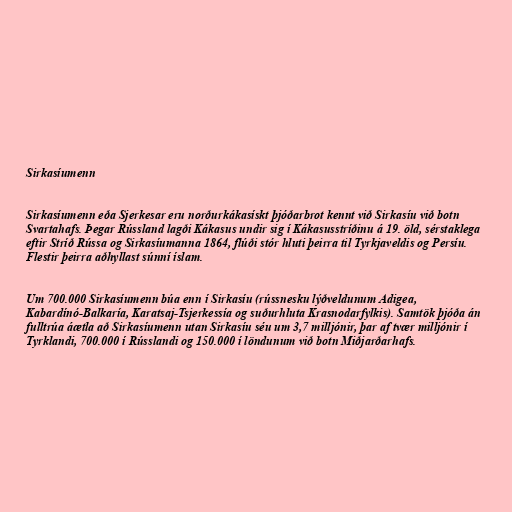
Sirkasíumenn

Sirkasíumenn eða Sjerkesar eru norðurkákasískt þjóðarbrot kennt við Sirkasíu við botn
Svartahafs. Þegar Rússland lagði Kákasus undir sig í Kákasusstríðinu á 19. öld, sérstaklega
eftir Stríð Rússa og Sirkasíumanna 1864, flúði stór hluti þeirra til Tyrkjaveldis og Persíu.
Flestir þeirra aðhyllast súnní íslam.

Um 700.000 Sirkasíumenn búa enn í Sirkasíu (rússnesku lýðveldunum Adigea,
Kabardínó-Balkaría, Karatsaj-Tsjerkessía og suðurhluta Krasnodarfylkis). Samtök þjóða án
fulltrúa áætla að Sirkasíumenn utan Sirkasíu séu um 3,7 milljónir, þar af tvær milljónir í
Tyrklandi, 700.000 í Rússlandi og 150.000 í löndunum við botn Miðjarðarhafs.